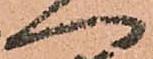
へ